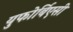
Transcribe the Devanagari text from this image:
युफोर्बिएसी